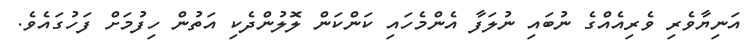
އަނިޔާވެރި ވެރިއެއްގެ ނުބައި ނުލަފާ އެންމެހައި ކަންކަން ލޮލުންދެކި އަތުން ހިފުމަށް ފަހުގައެވެ.